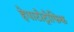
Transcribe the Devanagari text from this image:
हेपाटोट्रोफिक